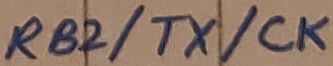
Text: RB2/TX/CK